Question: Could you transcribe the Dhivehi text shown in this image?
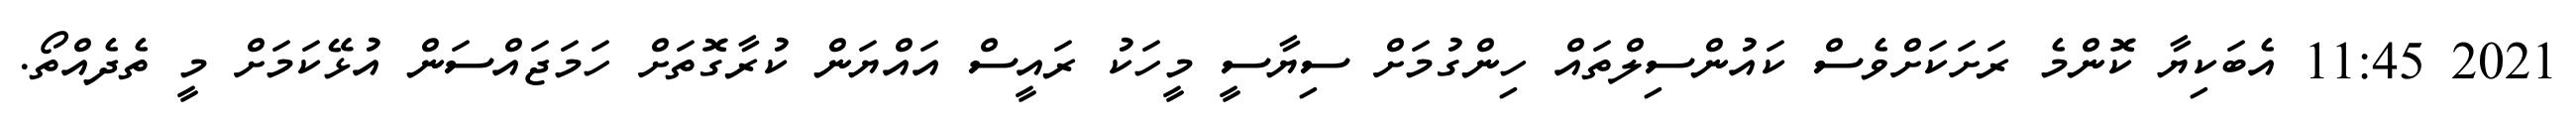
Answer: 2021 11:45 އެބަކިޔާ ކޮންމެ ރަށަކަށްވެސް ކައުންސިލްތައް ހިންގުމަށް ސިޔާސީ މީހަކު ރައީސް އައްޔަން ކުރާގޮތަށް ހަމަޖައްސަން އުޅޭކަމަށް މީ ތެދެއްތޯ.